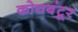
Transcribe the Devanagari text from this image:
कोयबंटूर